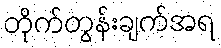
တိုက်တွန်းချက်အရ